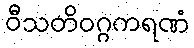
ဝီသတိဝဂ္ဂကရဏံ